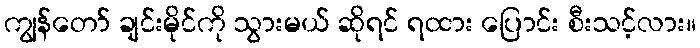
ကျွန်တော် ချင်းမိုင်ကို သွားမယ် ဆိုရင် ရထား ပြောင်း စီးသင့်လား။